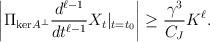
LaTeX: \begin{align*} \left|\Pi_{\mathrm{ker}A^\perp}\frac{d^{\ell-1}}{dt^{\ell-1}}X_t|_{t = t_0}\right| \ge \frac{\gamma^3}{C_J}K^\ell.\end{align*}